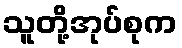
သူတို့အုပ်စုက